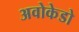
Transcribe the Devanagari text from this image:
अवोकेडो